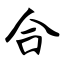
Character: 合